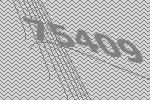
75409